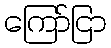
ကြော်ငြာ